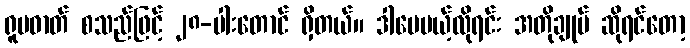
ရူပဓာတ် စသည်ဖြင့် ၂၈-ပါးတောင် ရှိတယ်။ ဒါပေမယ့်လိုရင်း အတိုချုပ် ဆိုရင်တော့